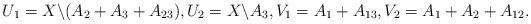
LaTeX: \begin{gather*}U_1 = X\backslash (A_2+A_3 +A_{23}) , U_2 = X\backslash A_3 , V_1=A_1+A_{13} , V_2 = A_1+A_2+A_{12} .\end{gather*}